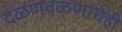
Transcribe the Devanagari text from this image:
दळणवळणाचेही